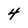
Character: 4